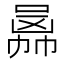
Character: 𠚙